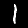
Digit: 1